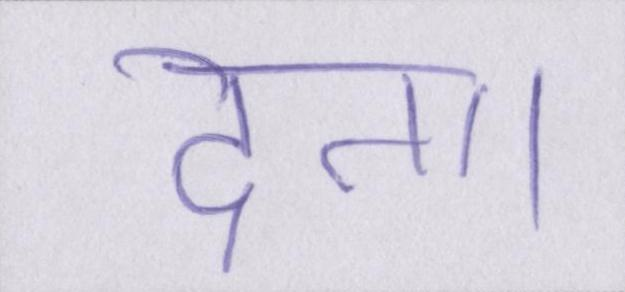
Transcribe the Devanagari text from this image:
देता।